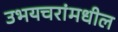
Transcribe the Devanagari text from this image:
उभयचरांमधील